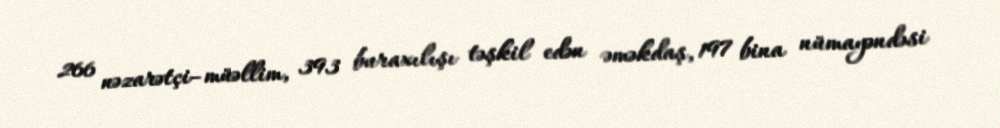
266 nəzarətçi–müəllim, 393 buraxılışı təşkil edən əməkdaş, 197 bina nümayəndəsi